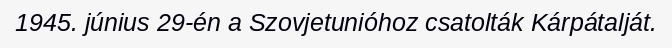
1945. június 29-én a Szovjetunióhoz csatolták Kárpátalját.